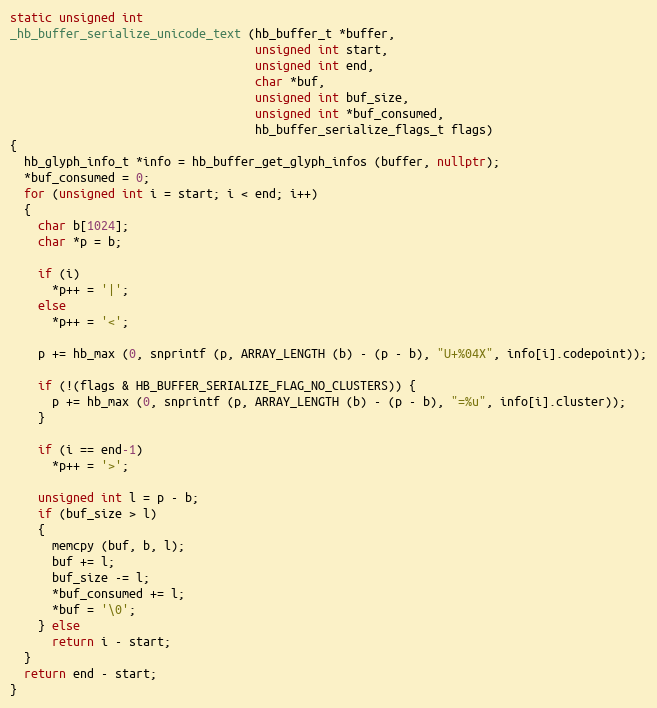
Language: C++
static unsigned int
_hb_buffer_serialize_unicode_text (hb_buffer_t *buffer,
                                   unsigned int start,
                                   unsigned int end,
                                   char *buf,
                                   unsigned int buf_size,
                                   unsigned int *buf_consumed,
                                   hb_buffer_serialize_flags_t flags)
{
  hb_glyph_info_t *info = hb_buffer_get_glyph_infos (buffer, nullptr);
  *buf_consumed = 0;
  for (unsigned int i = start; i < end; i++)
  {
    char b[1024];
    char *p = b;

    if (i)
      *p++ = '|';
    else
      *p++ = '<';

    p += hb_max (0, snprintf (p, ARRAY_LENGTH (b) - (p - b), "U+%04X", info[i].codepoint));

    if (!(flags & HB_BUFFER_SERIALIZE_FLAG_NO_CLUSTERS)) {
      p += hb_max (0, snprintf (p, ARRAY_LENGTH (b) - (p - b), "=%u", info[i].cluster));
    }

    if (i == end-1)
      *p++ = '>';

    unsigned int l = p - b;
    if (buf_size > l)
    {
      memcpy (buf, b, l);
      buf += l;
      buf_size -= l;
      *buf_consumed += l;
      *buf = '\0';
    } else
      return i - start;
  }
  return end - start;
}